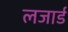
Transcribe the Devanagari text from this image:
लजार्ड